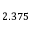
2 . 3 7 5